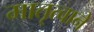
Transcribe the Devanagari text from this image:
मातृत्वाने